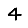
Digit: 4